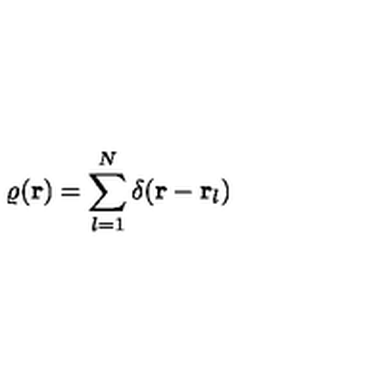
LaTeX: \varrho ( { \bf r } ) = \sum _ { l = 1 } ^ { N } \delta ( { \bf r } - { \bf r } _ { l } )